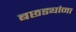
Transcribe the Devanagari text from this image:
बछड्यांना